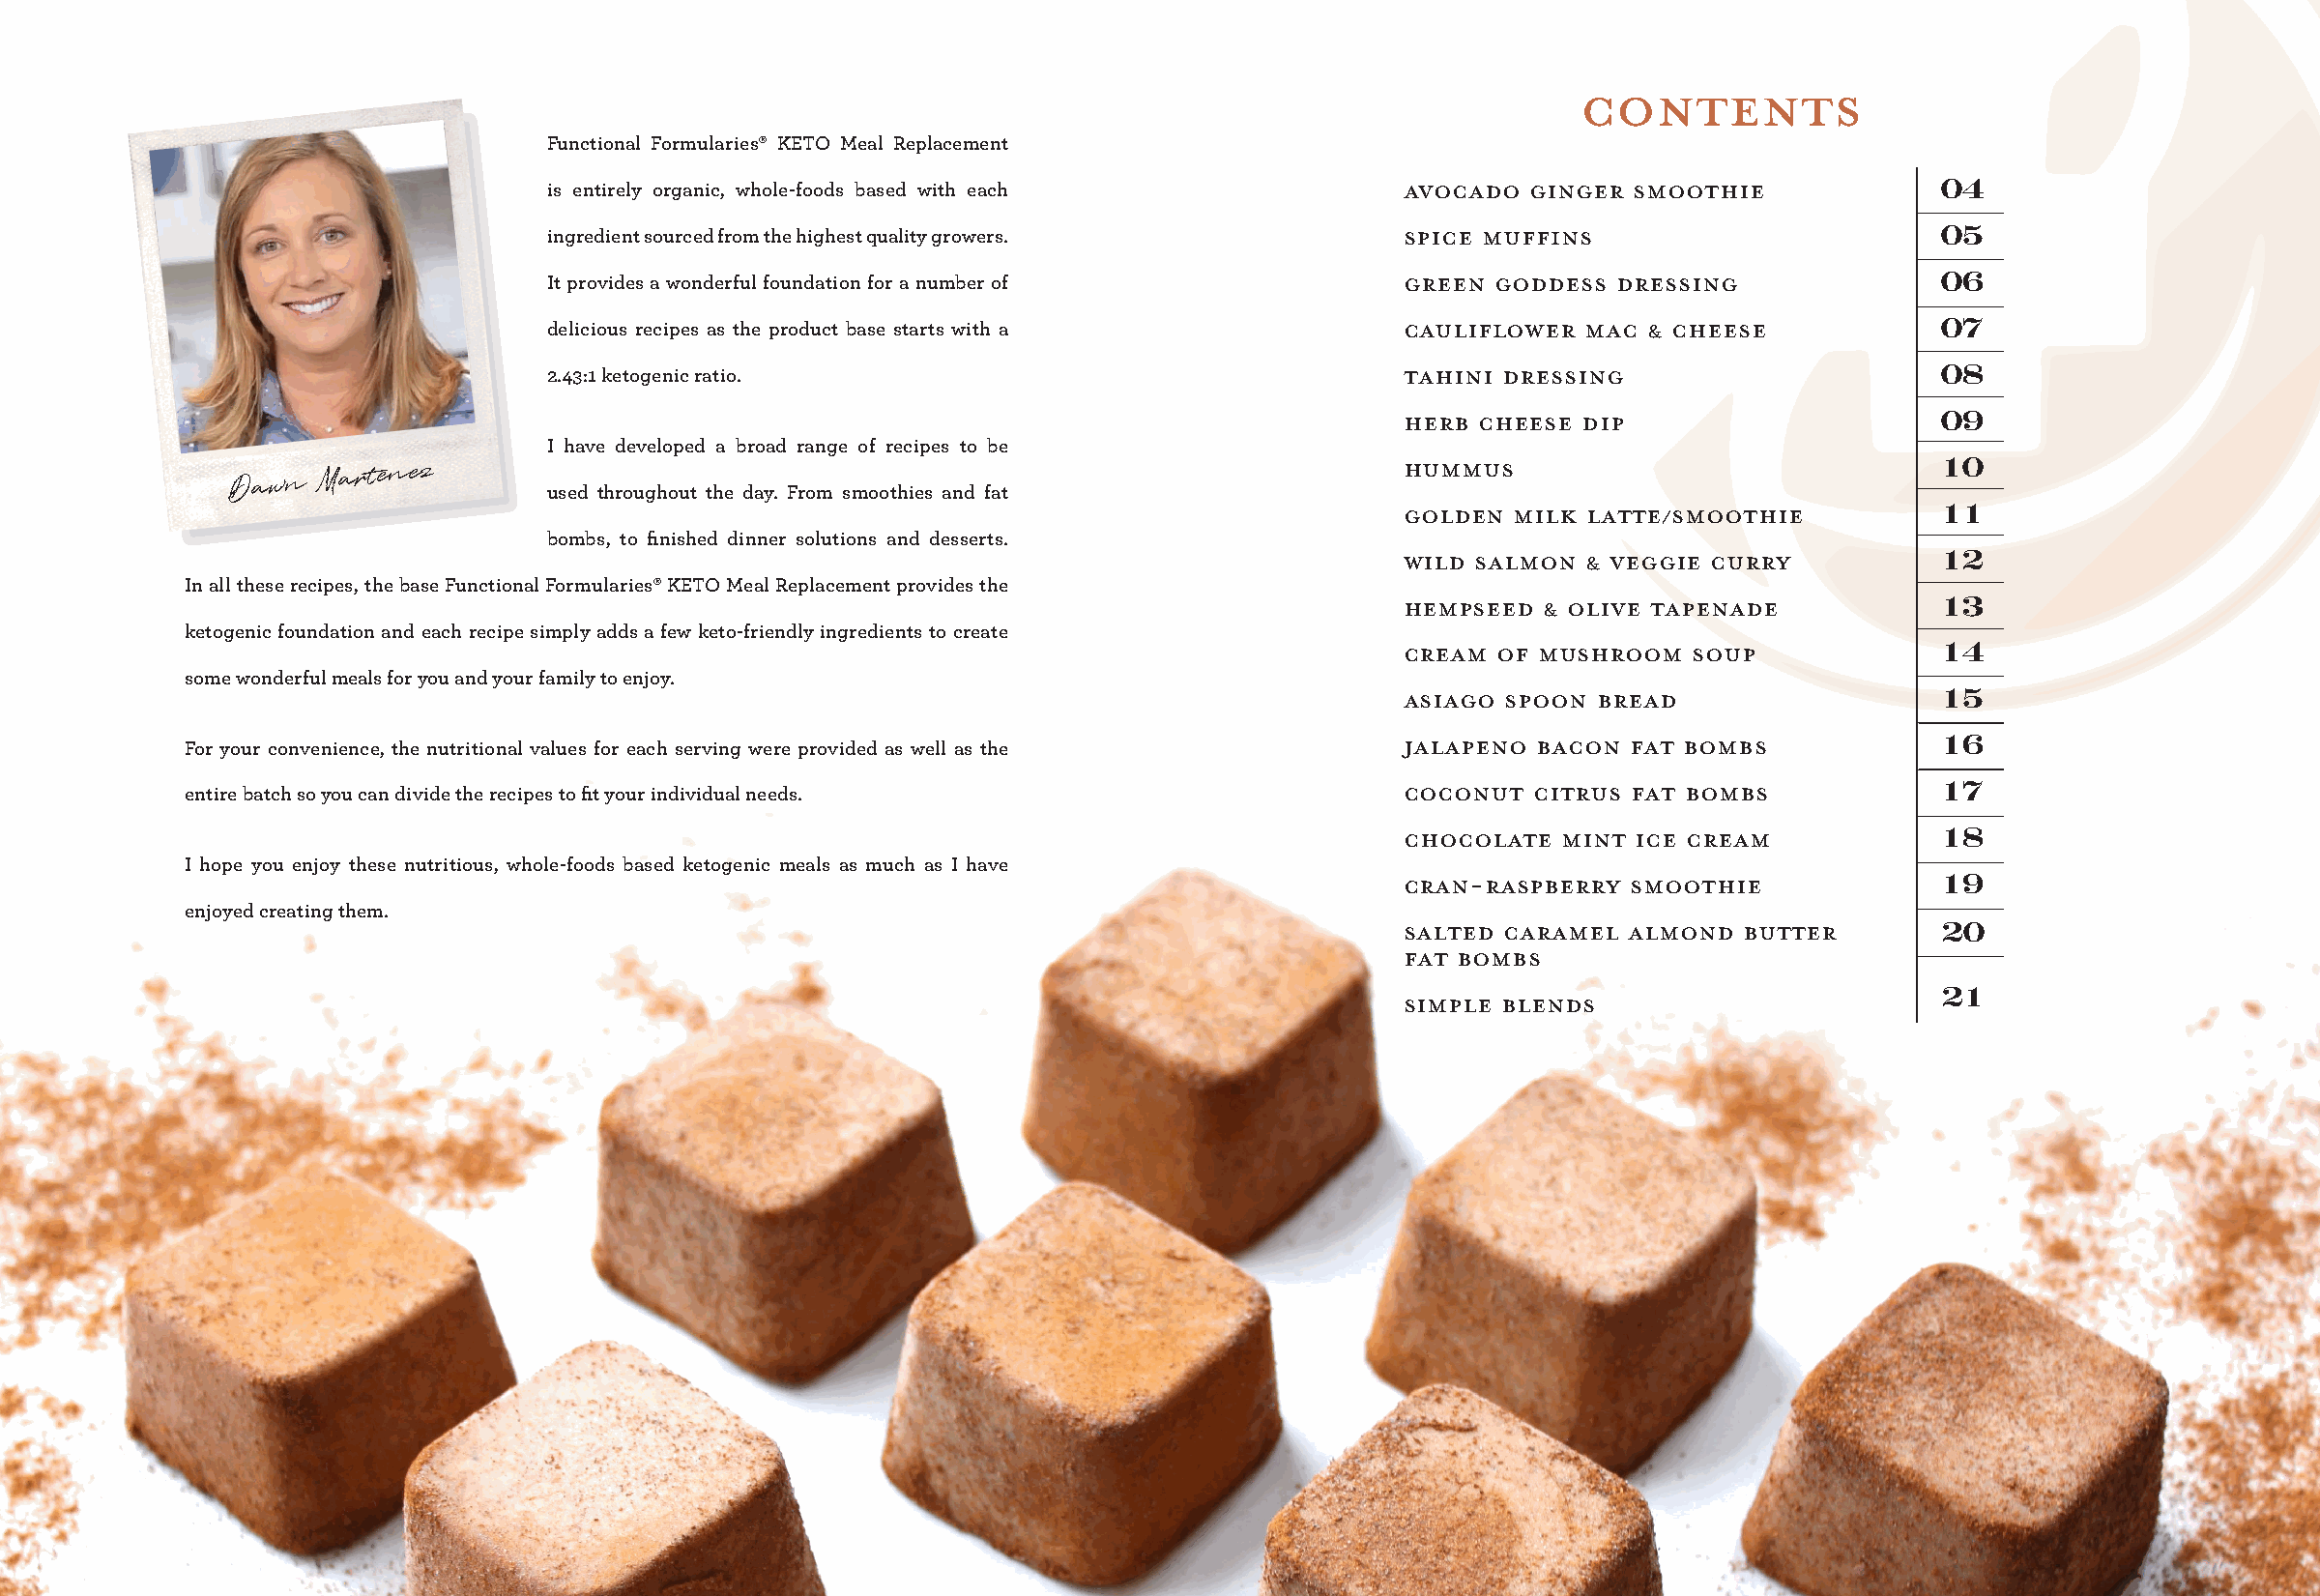
CONTENTS
 Functional Formularies® KETO Meal Replacement
 Avocado  Ginger Smoothie
 is entirely organic, whole-foods based with each                                                04
 Spice Muffins
 ingredient sourced from the highest quality growers.                                            05
 Green Goddess  Dressing
 It provides a wonderful foundation for a number of                                              06
 Cauliflower  Mac & Cheese
 delicious recipes as the product base starts with a                                             07
 Tahini Dressing
 2.43:1 ketogenic ratio.                                                                         08
 Herb Cheese Dip
 09
 I have developed a broad range of recipes to be
 Hummus
 Dawn
 Martenez
 used throughout the day. From smoothies and fat
 10
 Golden  Milk Latte/Smoothie
 11
 bombs, to finished dinner solutions and desserts.
 Wild Salmon  & Veggie Curry
 12
 In all these recipes, the base Functional Formularies® KETO Meal Replacement provides the
 Hempseed  & Olive Tapenade
 13
 ketogenic foundation and each recipe simply adds a few keto-friendly ingredients to create
 Cream  of Mushroom  Soup
 14
 some wonderful meals for you and your family to enjoy.
 Asiago spoon bread
 15
 Jalapeno Bacon  Fat Bombs
 For your convenience, the nutritional values for each serving were provided as well as the                              16
 Coconut  Citrus Fat Bombs
 entire batch so you can divide the recipes to fit your individual needs.                                                17
 Chocolate  Mint Ice Cream
 18
 I hope you enjoy these nutritious, whole-foods based ketogenic meals as much as I have
 Cran-Raspberry  Smoothie
 19
 enjoyed creating them.
 SALTED Caramel  Almond Butter
 20
 Fat Bombs
 Simple blends                        21